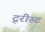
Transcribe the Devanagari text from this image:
टूरीस्ट